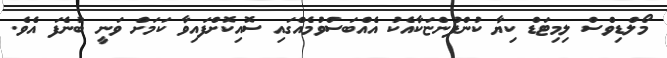
މޯލްޑިވްސް ލިމިޓަޑް ކިޔާ ކުންފުންޏަކާއެކު އެއްބަސްވުމެއްގައި ސޮއިކޮށްފައިވާ ކަމަށް ވަނީ ބުނެފަ އެވެ.